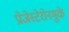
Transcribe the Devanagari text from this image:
प्रोजेस्टेरोनमुळे